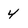
Character: 4